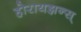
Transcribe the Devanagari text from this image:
होरायझन्स्